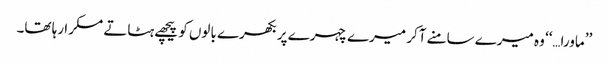
’’ماورا…‘‘ وہ میرے سامنے آکر میرے چہرے پر بکھرے بالوں کو پیچھے ہٹاتے مسکرا رہا تھا۔